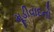
મૂડીવાદનો